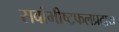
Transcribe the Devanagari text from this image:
सर्वाभीष्टफलप्रदाय